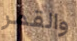
والقمر